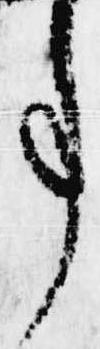
事